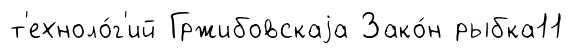
т'ехноло́г'ий Гржибовскаjа Зако́н рыбка11